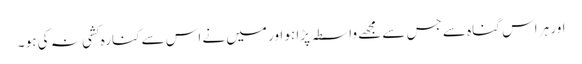
اور ہر اس گناہ سے جس سے مجھے واسطہ پڑا ہو اور میں نے اس سے کنارہ کشی نہ کی ہو ۔